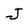
Character: J